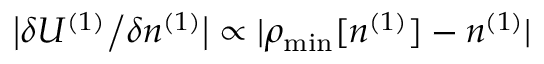
\big \vert \delta { \cal U } ^ { ( 1 ) } \big / \delta n ^ { ( 1 ) } \big \vert \propto \vert \rho _ { \mathrm { m i n } } [ n ^ { ( 1 ) } ] - n ^ { ( 1 ) } \vert